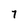
Character: 7